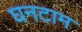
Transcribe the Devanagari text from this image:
घनटाम